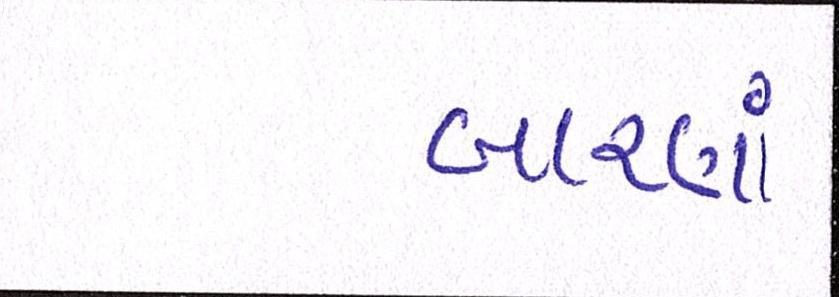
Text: બારણાં